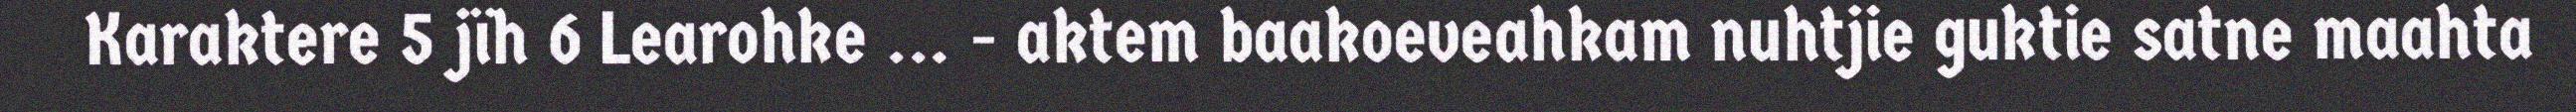
Karaktere 5 jïh 6 Learohke ... - aktem baakoeveahkam nuhtjie guktie satne maahta